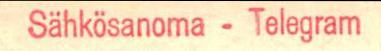
Sähkösanoma-Telegram